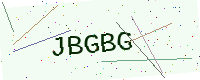
Text: JBGBG